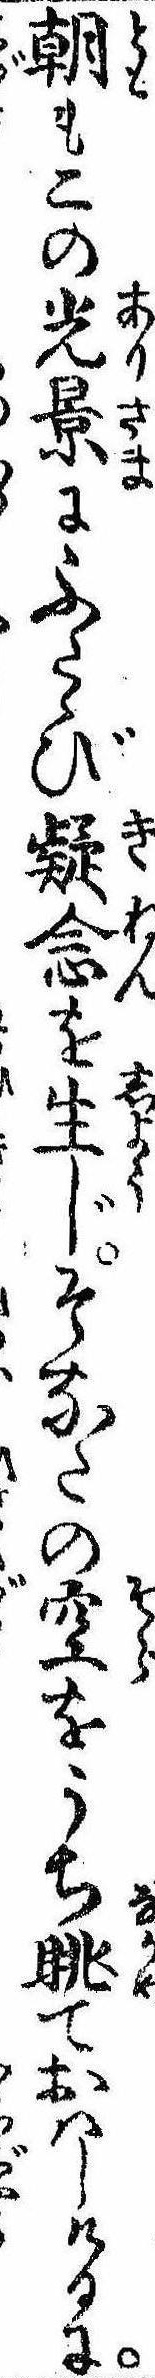
朝もこの光景にふたゝび疑念を生じそなたの空をうち眺ておはしけるに